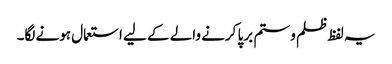
یہ لفظ ظلم و ستم برپا کرنے والے کے لیے استعمال ہونے لگا۔